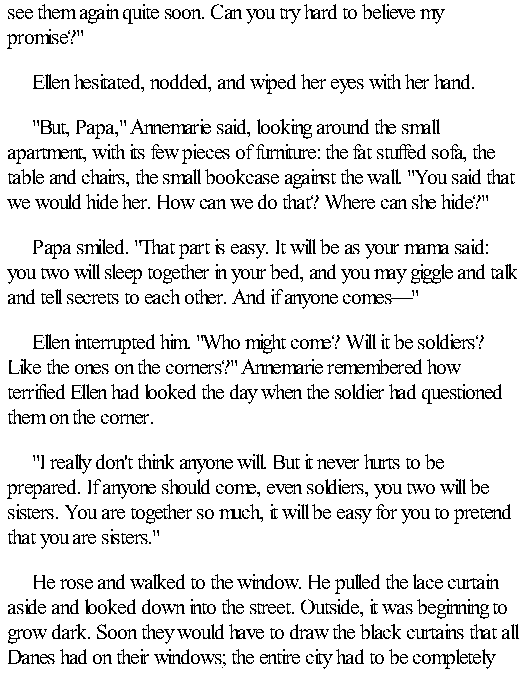
see them again quite soon. Can you try hard to believe my
 promise?"
 Ellen hesitated, nodded, and wiped her eyes with her hand.
 "But, Papa," Annemarie said, looking around the small
 apartment, with its few pieces of furniture: the fat stuffed sofa, the
 table and chairs, the small bookcase against the wall. "You said that
 we would hide her. How can we do that? Where can she hide?"
 Papa smiled. "That part is easy. It will be as your mama said:
 you two will sleep together in your bed, and you may giggle and talk
 and tell secrets to each other. And if anyone comes—"
 Ellen interrupted him. "Who might come? Will it be soldiers?
 Like the ones on the corners?" Annemarie remembered how
 terrified Ellen had looked the day when the soldier had questioned
 them on the corner.
 "I really don't think anyone will. But it never hurts to be
 prepared. If anyone should come, even soldiers, you two will be
 sisters. You are together so much, it will be easy for you to pretend
 that you are sisters."
 He rose and walked to the window. He pulled the lace curtain
 aside and looked down into the street. Outside, it was beginning to
 grow dark. Soon they would have to draw the black curtains that all
 Danes had on their windows; the entire city had to be completely